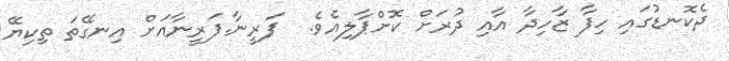
ދެކޮނޑުގައި ހިފާ ޒާހިދާ އާއި ދުރަށް ކޮށްޕާލިއެވެ.  ފަރީނާ.ފަރީނާއަށް އިނގޭތަ ތިކިޔޭ